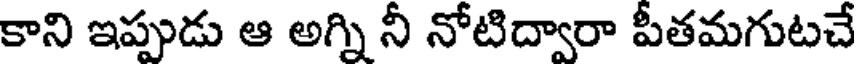
కాని ఇప్పుడు ఆ అగ్ని నీ నోటిద్వారా పీతమగుటచే